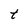
Character: t